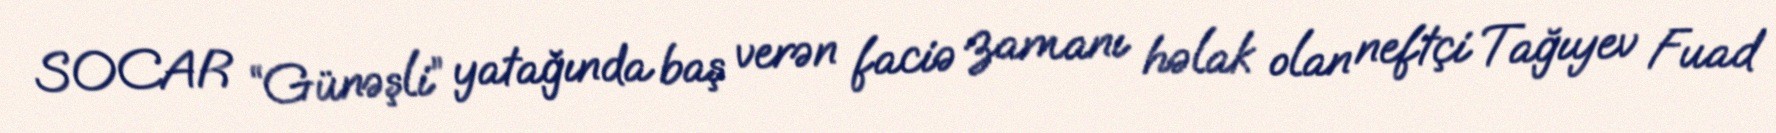
SOCAR “Günəşli” yatağında baş verən faciə zamanı həlak olan neftçi Tağıyev Fuad